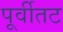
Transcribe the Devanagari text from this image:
पूर्वीतट